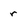
Character: r